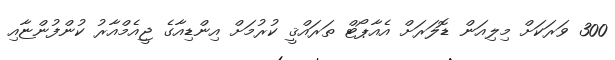
300 ވަރަކަށް މިލިއަން ޑޮލަރަށް އެއާޕޯޓް ތަރައްޤީ ކުރުމަށް އިންޑިއާގެ ޖީއެމްއާރު ކުންފުންޏާއި